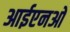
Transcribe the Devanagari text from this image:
आईएनओ